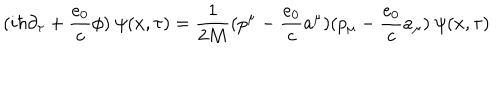
( i \hbar \partial _ { \tau } + \frac { e _ { 0 } } { c } \phi ) \ \psi ( x , \tau ) = \frac { 1 } { 2 M } ( p ^ { \mu } - \frac { e _ { 0 } } { c } a ^ { \mu } ) ( p _ { \mu } - \frac { e _ { 0 } } { c } a _ { \mu } ) \ \psi ( x , \tau )